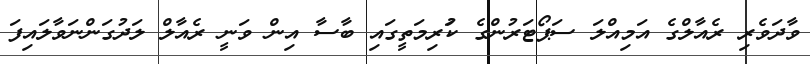
ވާދަވެރި ރެއާލްގެ އަމިއްލަ ސަޕޯޓަރުންގެ ކުަރިމަތީގައި ބާސާ އިން ވަނީ ރެއާލް ލަދުގަންނަވާލައިފަ